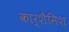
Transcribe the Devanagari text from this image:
कार्शैमिश